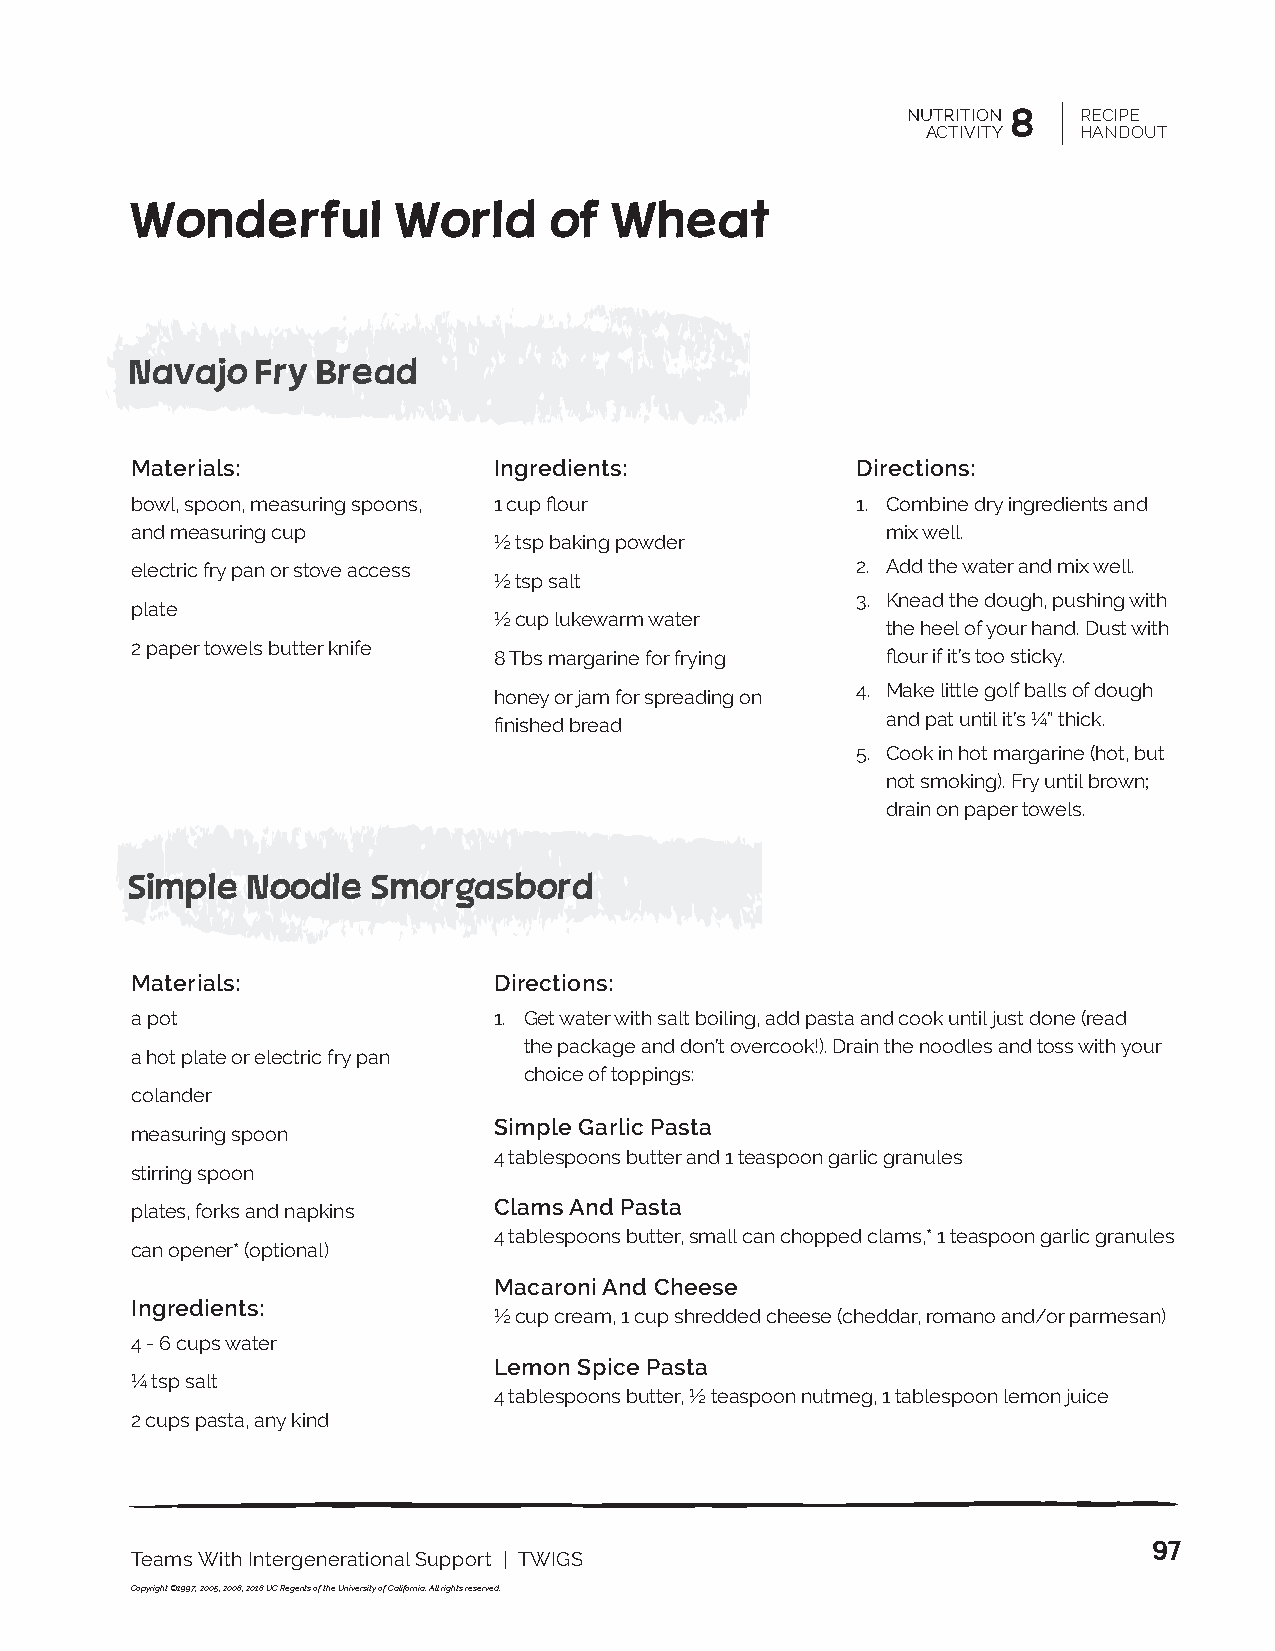
NUTRITION 8 RECIPE
 ACTIVITY  HANDOUT
 Wonderful        World     of   Wheat
 Navajo   Fry Bread
 Materials:              Ingredients:            Directions:
 bowl, spoon, measuring spoons, 1 cup flour      1. Combine dry ingredients and
 and measuring cup                                 mix well.
 ½ tsp baking powder
 electric fry pan or stove access                2. Add the water and mix well.
 ½ tsp salt
 3. Knead the dough, pushing with
 plate
 ½ cup lukewarm water
 the heel of your hand. Dust with
 2 paper towels butter knife
 8 Tbs margarine for frying flour if it’s too sticky.
 4. Make little golf balls of dough
 honey or jam for spreading on
 and pat until it’s ¼” thick.
 finished bread
 5. Cook in hot margarine (hot, but
 not smoking). Fry until brown;
 drain on paper towels.
 Simple  Noodle   Smorgasbord
 Materials:              Directions:
 a pot                   1. Get water with salt boiling, add pasta and cook until just done (read
 the package and don’t overcook!). Drain the noodles and toss with your
 a hot plate or electric fry pan
 choice of toppings:
 colander
 Simple Garlic Pasta
 measuring spoon
 4 tablespoons butter and 1 teaspoon garlic granules
 stirring spoon
 plates, forks and napkins Clams And Pasta
 4 tablespoons butter, small can chopped clams,* 1 teaspoon garlic granules
 can opener* (optional)
 Macaroni And Cheese
 Ingredients:
 ½ cup cream, 1 cup shredded cheese (cheddar, romano and/or parmesan)
 4 - 6 cups water
 Lemon Spice Pasta
 ¼ tsp salt
 4 tablespoons butter, ½ teaspoon nutmeg, 1 tablespoon lemon juice
 2 cups pasta, any kind
 97
 Teams With Intergenerational Support | TWIGS
 Copyright ©1997, 2005, 2008, 2018 UC Regents of the University of California. All rights reserved.